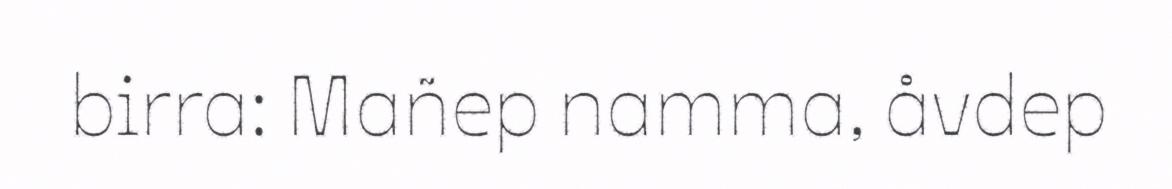
birra: Mañep namma, åvdep